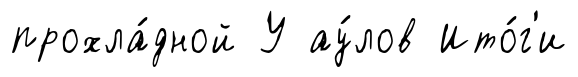
прохла́дной У ау́лов Ито́г'и